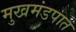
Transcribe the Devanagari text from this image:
मुखमंडपात